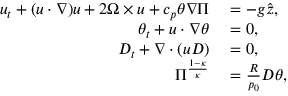
\begin{array} { r l } { u _ { t } + ( u \cdot \nabla ) u + 2 \Omega \times u + c _ { p } \theta \nabla \Pi } & { { } = - g \hat { z } , } \\ { \theta _ { t } + u \cdot \nabla \theta } & { { } = 0 , } \\ { D _ { t } + \nabla \cdot ( u D ) } & { { } = 0 , } \\ { \Pi ^ { \frac { 1 - \kappa } { \kappa } } } & { { } = \frac { R } { p _ { 0 } } D \theta , } \end{array}